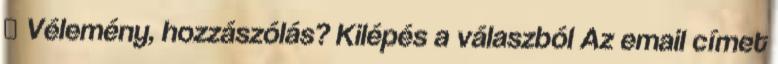
🙂 Vélemény, hozzászólás? Kilépés a válaszból Az email címet